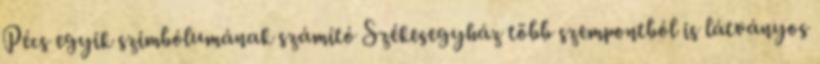
Pécs egyik szimbólumának számító Székesegyház több szempontból is látványos